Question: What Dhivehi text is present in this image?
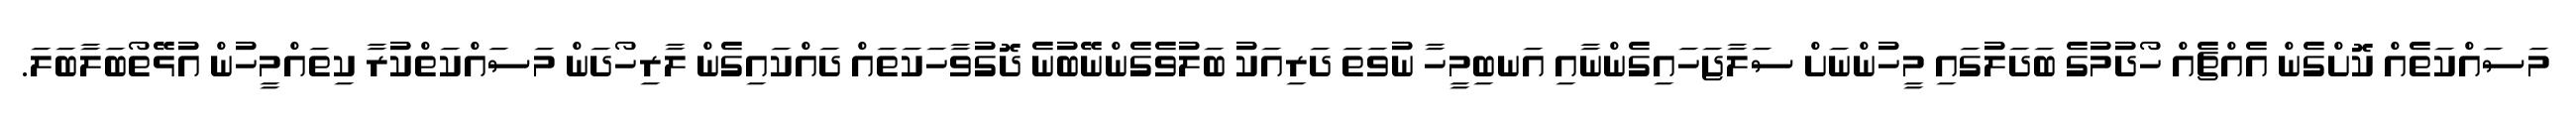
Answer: މަސައްކަތެއް ކޮށްގެން އެއްޗެއް ހޯދުމުގެ ބަދަލުގައި މީހުންނަށް ސަލާޖަހައިގެންނާއި އަނބިމީހާ ނުވަތަ ދަރިއަކު ބަލުވެގެންނޭބުނެ ދޮގުވާހަކަތައް ދައްކައިގެން ލާރިހޯދަން މަސައްކަތްކުރާ ކިތައްމީހުން އުޅޭތޯބަލާބަލަ.